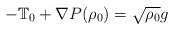
\begin{align*}- \mathbb{T}_{0}+\nabla P(\rho_0)=\sqrt{\rho_{0}} g\end{align*}